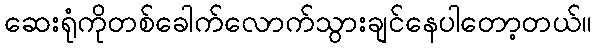
ဆေးရုံကိုတစ်ခေါက်လောက်သွားချင်နေပါတော့တယ်။